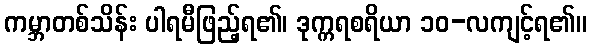
ကမ္ဘာတစ်သိန်း ပါရမီဖြည့်ရ၏၊ ဒုက္ကရစရိယာ ၁၀-လကျင့်ရ၏။